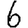
Digit: 6